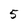
Character: 5